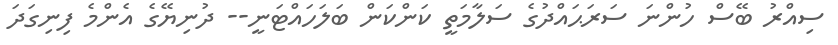
ސިއްރު ބޭސް ހުންނަ ސަރަޙައްދުގެ ސަލާމަތީ ކަންކަން ބަލަހައްޓަނީ-- ދުނިޔޭގެ އެންމެ ފިނިގަދަ